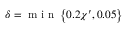
\delta = \mathrm { ~ m ~ i ~ n ~ } \left\{ 0 . 2 \chi ^ { \prime } , 0 . 0 5 \right\}